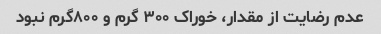
عدم رضایت از مقدار، خوراک ۳۰۰ گرم و ۸۰۰گرم نبود